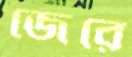
জেরে